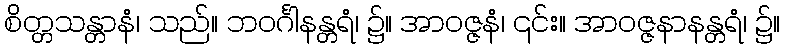
စိတ္တသန္တာနံ၊ သည်။ ဘဝင်္ဂါနန္တရံ၊ ၌။ အာဝဇ္ဇနံ၊ ၎င်း။ အာဝဇ္ဇနာနန္တရံ၊ ၌။